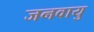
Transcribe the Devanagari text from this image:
जनवायु